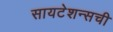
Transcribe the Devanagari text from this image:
सायटेशन्सची